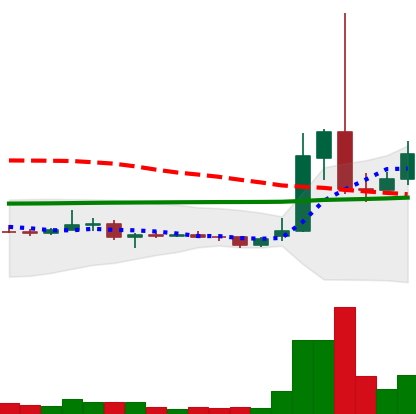
Ticker: XRP-USD
Chart end date: 2021-02-04
Forward return: 5.721%
Label: up_5_7